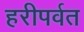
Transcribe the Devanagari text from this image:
हरीपर्वत